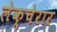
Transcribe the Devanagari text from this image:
लेक्चेरार